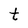
Character: t